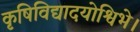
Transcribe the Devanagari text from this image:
कृषिविद्यादयोश्विभे।